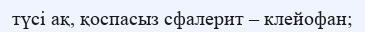
түсі ақ, қоспасыз сфалерит – клейофан;